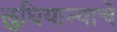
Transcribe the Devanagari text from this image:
लुधियान्याचे